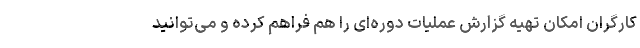
کارگران امکان تهیه گزارش عملیات دوره‌ای را هم فراهم کرده و می‌توانید